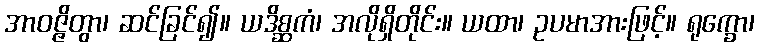
အာဝဇ္ဇိတွာ၊ ဆင်ခြင်၍။ ယဒိစ္ဆကံ၊ အလိုရှိတိုင်း။ ယထာ၊ ဥပမာအားဖြင့်။ ရုက္ခော၊